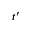
t ^ { \prime }